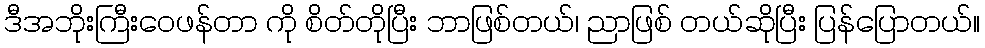
ဒီအဘိုးကြီးဝေဖန်တာ ကို စိတ်တိုပြီး ဘာဖြစ်တယ်၊ ညာဖြစ် တယ်ဆိုပြီး ပြန်ပြောတယ်။